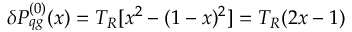
\delta P _ { q g } ^ { ( 0 ) } ( x ) = T _ { R } [ x ^ { 2 } - ( 1 - x ) ^ { 2 } ] = T _ { R } ( 2 x - 1 )